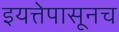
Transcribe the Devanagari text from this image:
इयत्तेपासूनच